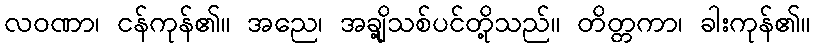
လဝဏာ၊ ငန်ကုန်၏။ အညေ၊ အချို့သစ်ပင်တို့သည်။ တိတ္တကာ၊ ခါးကုန်၏။